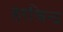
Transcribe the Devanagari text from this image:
हरश्चिन्द्र